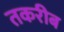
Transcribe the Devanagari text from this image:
तकरीब